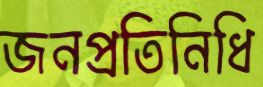
জনপ্রতিনিধি